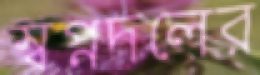
স্বপ্নদলের